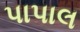
પાપાલ